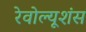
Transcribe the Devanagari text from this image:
रेवोल्यूशंस